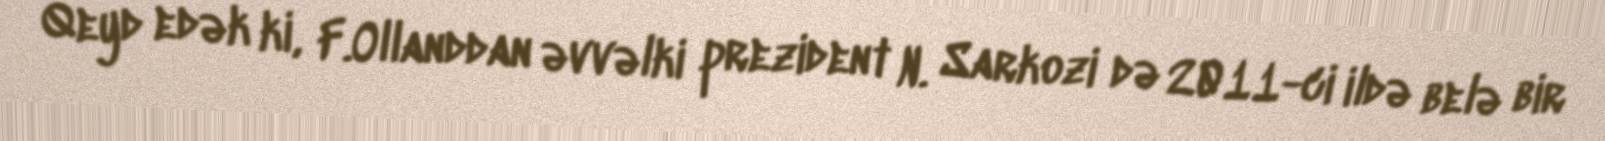
Qeyd edək ki, F.Ollanddan əvvəlki prezident N. Sarkozi də 2011-ci ildə belə bir